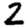
Digit: 2